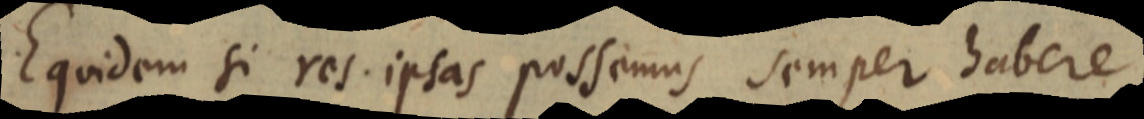
Equidem si res ipsas possemus semper habere